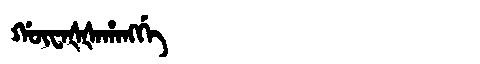
Manchu: ᡤᡡᠸᠠᡧᡧᠠᡥᠠᠩᡤᡝ
Romanization: GŪWAŠŠAHANGGE